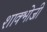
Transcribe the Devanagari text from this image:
शाक्भोजी